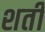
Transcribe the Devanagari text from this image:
शर्ती